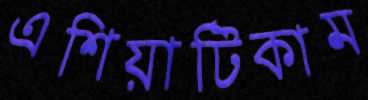
এশিয়াটিকাম